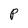
Character: P